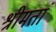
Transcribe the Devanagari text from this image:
श्रीमतां